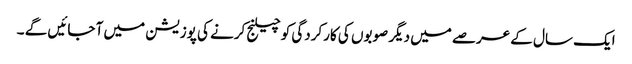
ایک سال کے عرصے میں دیگر صوبوں کی کارکردگی کو چیلنج کرنے کی پوزیشن میں آ جائیں گے ۔